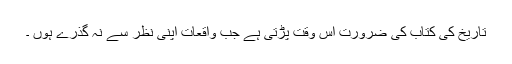
تاريخ کی کتاب کی ضرورت اُس وقت پڑتی ہے جب واقعات اپنی نظر سے نہ گذرے ہوں ۔